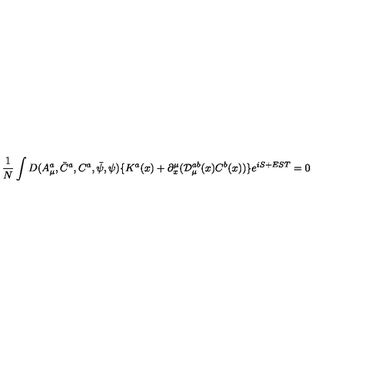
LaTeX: \frac 1 N \int D ( A _ { \mu } ^ { a } , \bar { C } ^ { a } , C ^ { a } , \bar { \psi } , \psi ) \{ K ^ { a } ( x ) + \partial _ { x } ^ { \mu } ( { \cal D } _ { \mu } ^ { a b } ( x ) C ^ { b } ( x ) ) \} e ^ { i S + E S T } = 0